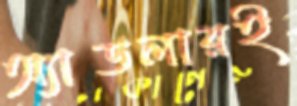
অ্যাডলারই